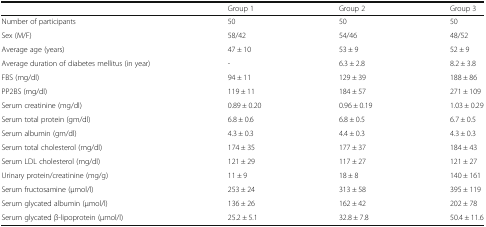
<table><thead><tr><td></td><td><b>Group 1</b></td><td><b>Group 2</b></td><td><b>Group 3</b></td></tr></thead><tbody><tr><td>Number of participants</td><td>50</td><td>50</td><td>50</td></tr><tr><td>Sex (M/F)</td><td>58/42</td><td>54/46</td><td>48/52</td></tr><tr><td>Average age (years)</td><td>47 ± 10</td><td>53 ± 9</td><td>52 ± 9</td></tr><tr><td>Average duration of diabetes mellitus (in year)</td><td>-</td><td>6.3 ± 2.8</td><td>8.2 ± 3.8</td></tr><tr><td>FBS (mg/dl)</td><td>94 ± 11</td><td>129 ± 39</td><td>188 ± 86</td></tr><tr><td>PP2BS (mg/dl)</td><td>119 ± 11</td><td>184 ± 57</td><td>271 ± 109</td></tr><tr><td>Serum creatinine (mg/dl)</td><td>0.89 ± 0.20</td><td>0.96 ± 0.19</td><td>1.03 ± 0.29</td></tr><tr><td>Serum total protein (gm/dl)</td><td>6.8 ± 0.6</td><td>6.8 ± 0.5</td><td>6.7 ± 0.5</td></tr><tr><td>Serum albumin (gm/dl)</td><td>4.3 ± 0.3</td><td>4.4 ± 0.3</td><td>4.3 ± 0.3</td></tr><tr><td>Serum total cholesterol (mg/dl)</td><td>174 ± 35</td><td>177 ± 37</td><td>184 ± 43</td></tr><tr><td>Serum LDL cholesterol (mg/dl)</td><td>121 ± 29</td><td>117 ± 27</td><td>121 ± 27</td></tr><tr><td>Urinary protein/creatinine (mg/g)</td><td>11 ± 9</td><td>18 ± 8</td><td>140 ± 161</td></tr><tr><td>Serum fructosamine (μmol/l)</td><td>253 ± 24</td><td>313 ± 58</td><td>395 ± 119</td></tr><tr><td>Serum glycated albumin (μmol/l)</td><td>136 ± 26</td><td>162 ± 42</td><td>202 ± 78</td></tr><tr><td>Serum glycated β-lipoprotein (μmol/l)</td><td>25.2 ± 5.1</td><td>32.8 ± 7.8</td><td>50.4 ± 11.6</td></tr></tbody></table>